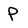
Character: P